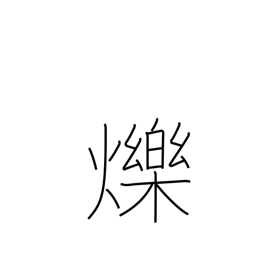
Meaning: shine